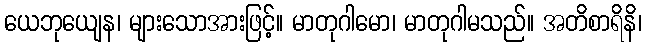
ယေဘုယျေန၊ များသောအားဖြင့်။ မာတုဂါမော၊ မာတုဂါမသည်။ အတိစာရိနိ၊